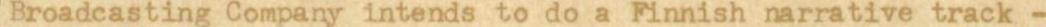
Broadcasting Company intends to do a Finnish narrative track -